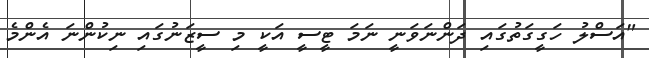
"އަސްލު ހަގީގަތުގައި ދަންނަވަނީ ނަމަ ޓީސީ އަކީ މި ސީޒަނުގައި ނިކުންނަ އެންމެ